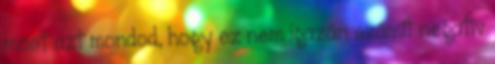
most azt mondod, hogy ez nem igazán számít negatív